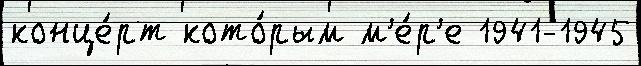
конце́рт кото́рым м'е́р'е 1941-1945